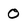
Character: O